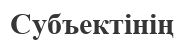
Субъектінің